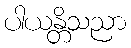
ပါယန္တိသညာ